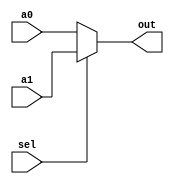
module Mux2to1 #(
    parameter N = 16
)(
    input sel,
    input [N-1:0] a0, a1,
    output [N-1:0] out
);
    assign out = sel ? a1 : a0;
endmodule

module Mux4to1 #(
    parameter N = 16
)(
    input [1:0] sel,
    input [N-1:0] a00, a01, a10, a11,
    output [N-1:0] out
);
    assign out = (sel == 2'b00) ? a00 :
                 (sel == 2'b01) ? a01 :
                 (sel == 2'b10) ? a10 :
                 (sel == 2'b11) ? a11 : 2'b00;
endmodule